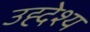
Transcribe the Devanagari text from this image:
उह्देश्य